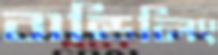
বান্ডিলিং